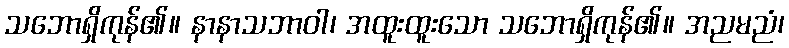
သဘောရှိကုန်၏။ နာနာသဘာဝါ၊ အထူးထူးသော သဘောရှိကုန်၏။ အညမညံ၊